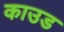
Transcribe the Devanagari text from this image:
काउड